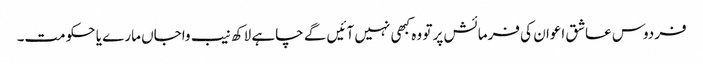
فردوس عاشق اعوان کی فرمائش پر تو وہ کبھی نہیں آئیں گے چاہے لاکھ نیب واجاں مارے یا حکومت۔